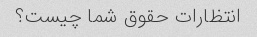
انتظارات حقوق شما چیست؟